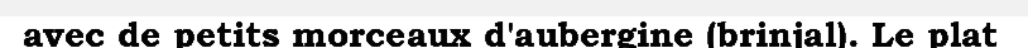
avec de petits morceaux d'aubergine (brinjal). Le plat